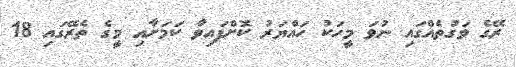
ރޭގެ ވަގުތެއްގައި ނުވަ މީހަކު ހައްޔަރު ކޮށްފައިވާ ކަމަށާއި މީގެ ތެރޭގައި 18